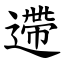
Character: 遰